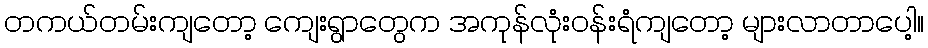
တကယ်တမ်းကျတော့ ကျေးရွာတွေက အကုန်လုံးဝန်းရံကျတော့ များလာတာပေါ့။